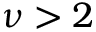
\nu > 2